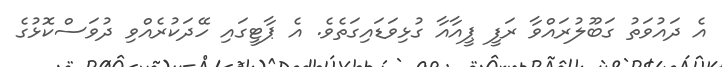
އެ ދައުވަތު ގަބޫލުރައްވާ ރަފީ ޕީއާއާ ގުޅިވަޑައިގަތެވެ. އެ ޕާޓީގައި ހޭދަކުރެއްވި ދުވަސްކޮޅުގެ